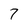
Character: 7